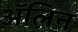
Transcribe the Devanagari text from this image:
ॲलिन